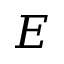
E